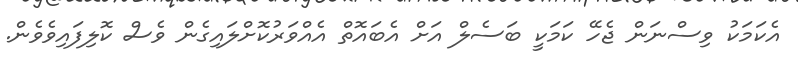
އެކަމަކު ވިސްނަން ޖެހޭ ކަމަކީ ބަސެލް އަށް އެބައޮތް އެއްވަރުކޮށްލައިގެން ވެސް ކޮލިފައިވެވެން.